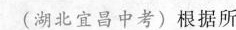
(湖北宜昌中考)根据所